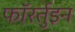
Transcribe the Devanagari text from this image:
फॉरर्तुइन